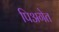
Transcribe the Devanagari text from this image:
पिअगेत